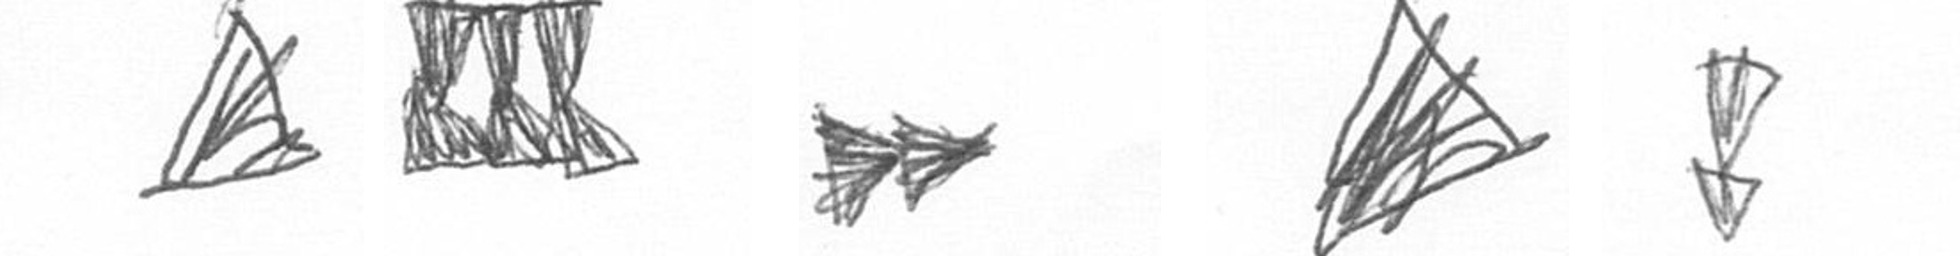
O D A O Z